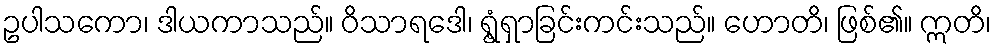
ဥပါသကော၊ ဒါယကာသည်။ ဝိသာရဒေါ၊ ရွံ့ရှာခြင်းကင်းသည်။ ဟောတိ၊ ဖြစ်၏။ ဣတိ၊